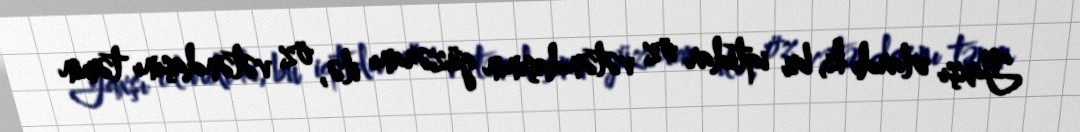
Yaxşı olardı ki, bu iqtidar öz vətəndaşının güzəranı ilə, öz vətəndaşını təmin